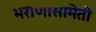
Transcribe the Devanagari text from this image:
भराणासमिती